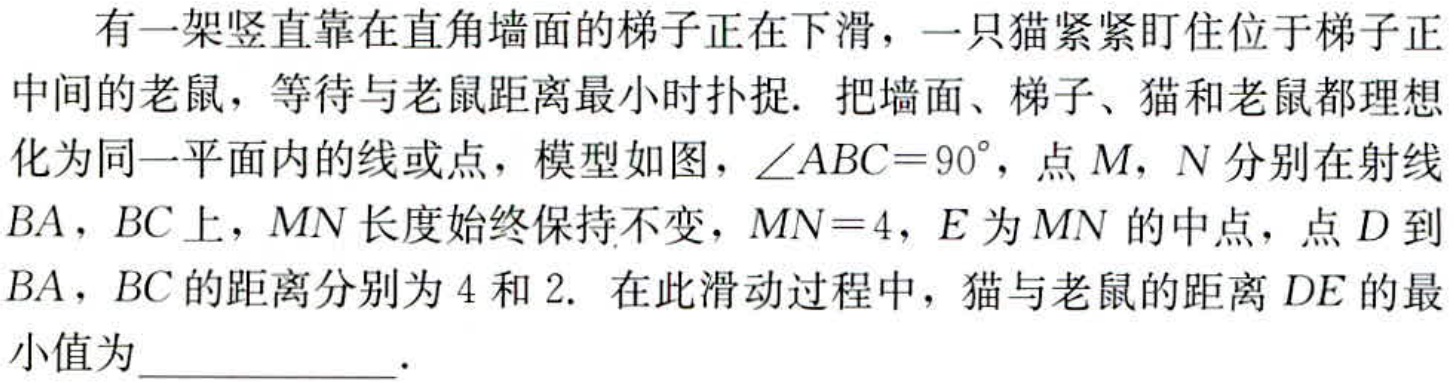
有一架竖直靠在直角墙面的梯子正在下滑，一只猫紧紧盯住位于梯子正中间的老鼠，等待与老鼠距离最小时捕捉. 把墙面、梯子、猫和老鼠都理想化为同一平面内的线或点，模型如图，$\angle ABC = 90^{\circ}$，点$M$，$N$分别在射线$BA$，$BC$上，$MN$长度始终保持不变，$MN = 4$，$E$为$MN$的中点，点$D$到$BA$，$BC$的距离分别为$4$和$2$. 在此滑动过程中，猫与老鼠的距离$DE$的最小值为____________.